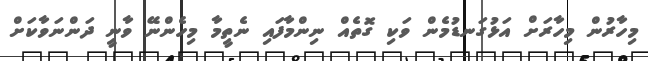
މިހާރުން މިހާރަށް އަޅުގަނޑުމެން ވަކި ގޮތެއް ނިންމާފައި ނެތީމާ މިހެންނޭ ވާނީ ދަންނަވާކަށް